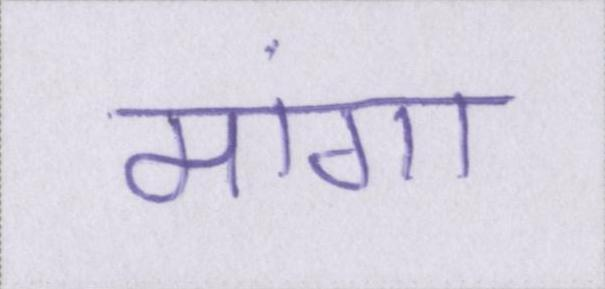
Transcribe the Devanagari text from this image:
मांगा